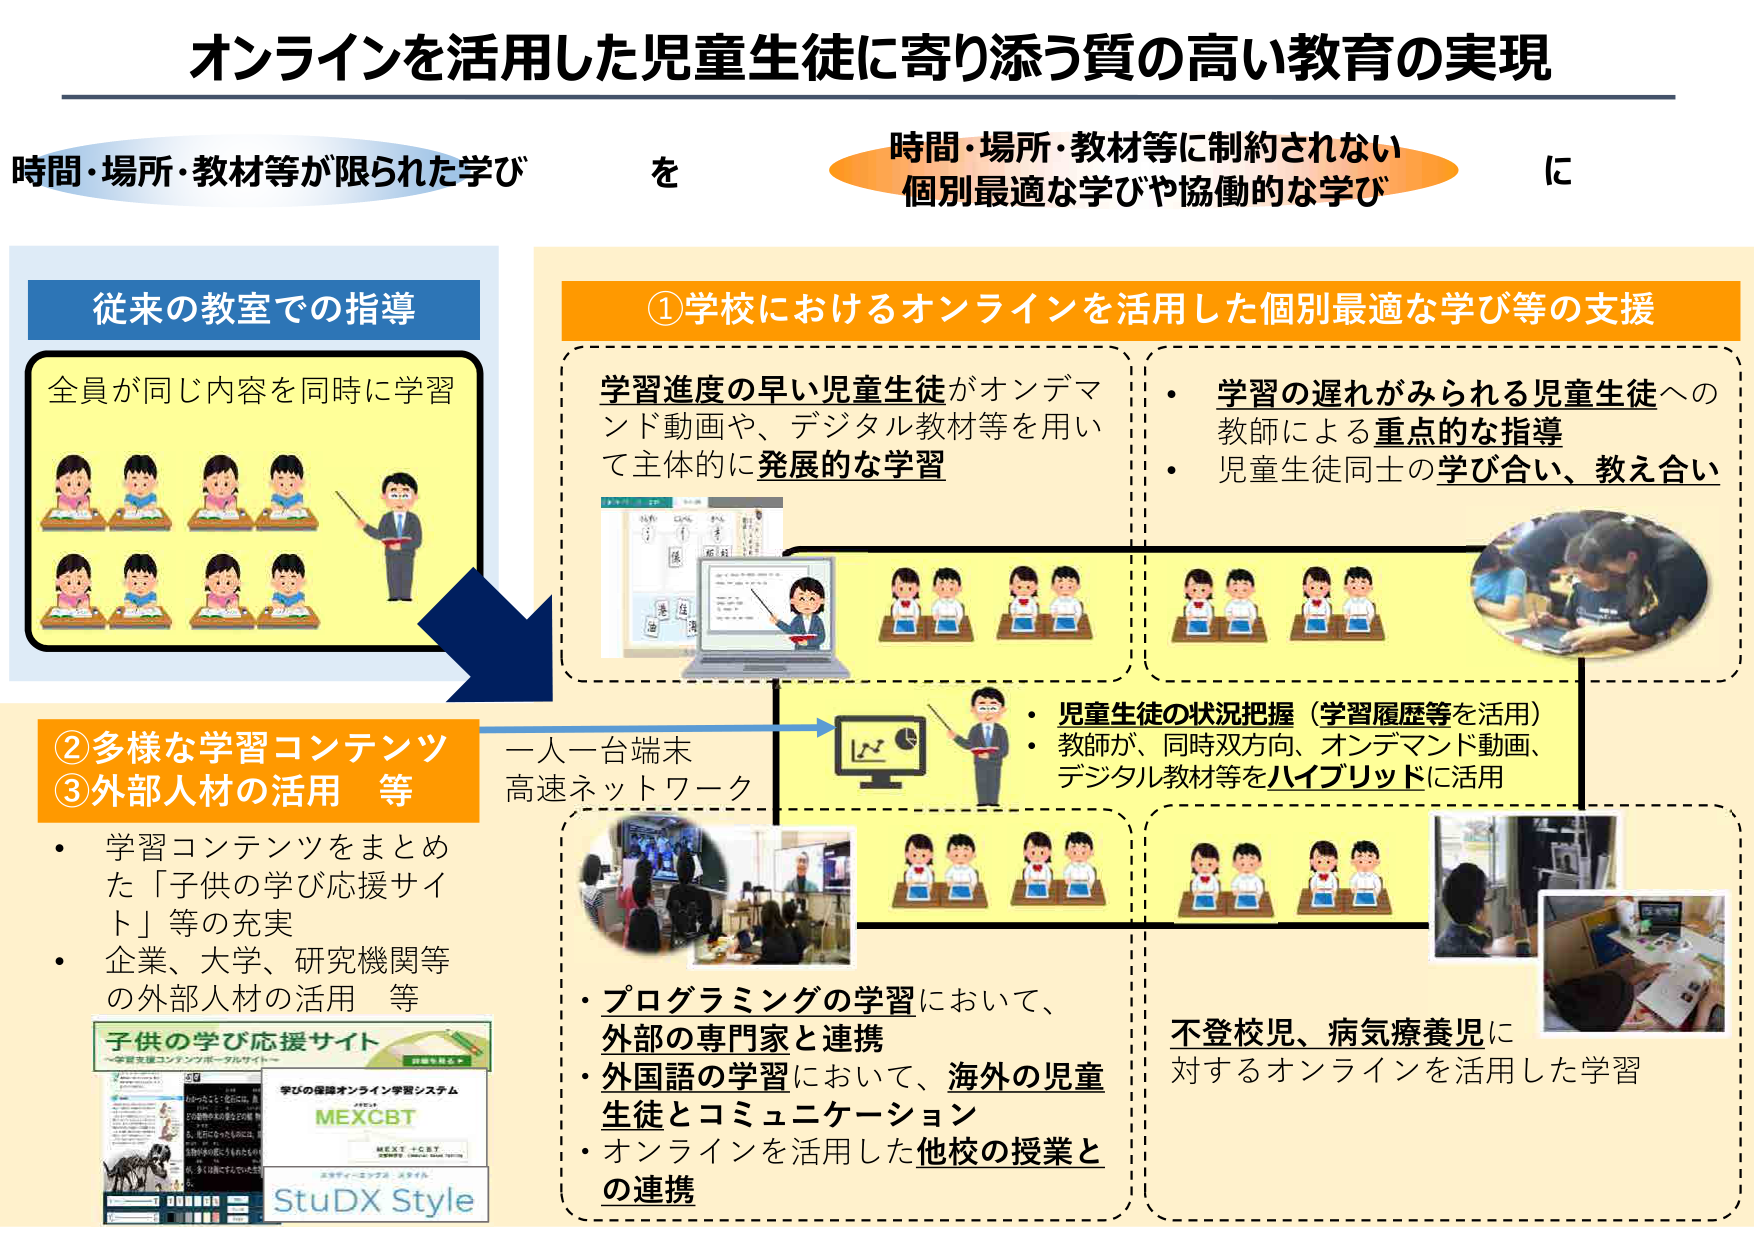
オンラインを活用した児童生徒に寄り添う質の高い教育の実現

時間・場所・教材等が限られた学び を 時間・場所・教材等に制約されない 個別最適な学びや協働的な学び に

従来の教室での指導
全員が同じ内容を同時に学習

①学校におけるオンラインを活用した個別最適な学び等の支援
学習進度の早い児童生徒がオンデマンド動画や、デジタル教材等を用いて主体的に発展的な学習
・学習の遅れがみられる児童生徒への教師による重点的な指導
・児童生徒同士の学び合い、教え合い

一人一台端末 高速ネットワーク
・児童生徒の状況把握（学習履歴等を活用）
・教師が、同時双方向、オンデマンド動画、デジタル教材等をハイブリッドに活用

②多様な学習コンテンツ ③外部人材の活用 等
・学習コンテンツをまとめた「子供の学び応援サイト」等の充実
・企業、大学、研究機関等の外部人材の活用 等

子供の学び応援サイト
～学習支援コンテンツポータルサイト～

学びの保障オンライン学習システム
MEXCBT
MEXT-CBT
StuDx Style

・プログラミングの学習において、外部の専門家と連携
・外国語の学習において、海外の児童生徒とコミュニケーション
・オンラインを活用した他校の授業との連携

不登校児、病気療養児に対するオンラインを活用した学習